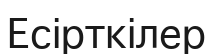
Есірткілер